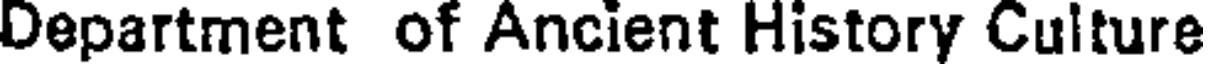
Department of Ancient History Culture